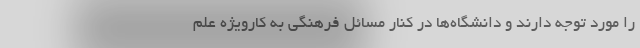
را مورد توجه دارند و دانشگاه‌ها در کنار مسائل فرهنگی به کارویژه علم